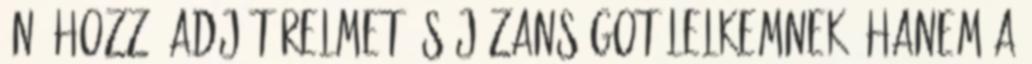
én őhozzá Adj türelmet és józanságot lelkemnek. hanem a